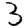
Digit: 3